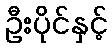
ဦးပိုင်နှင့်